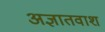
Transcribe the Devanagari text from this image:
अज्ञातवाश